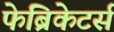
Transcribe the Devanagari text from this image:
फेब्रिकेटर्स